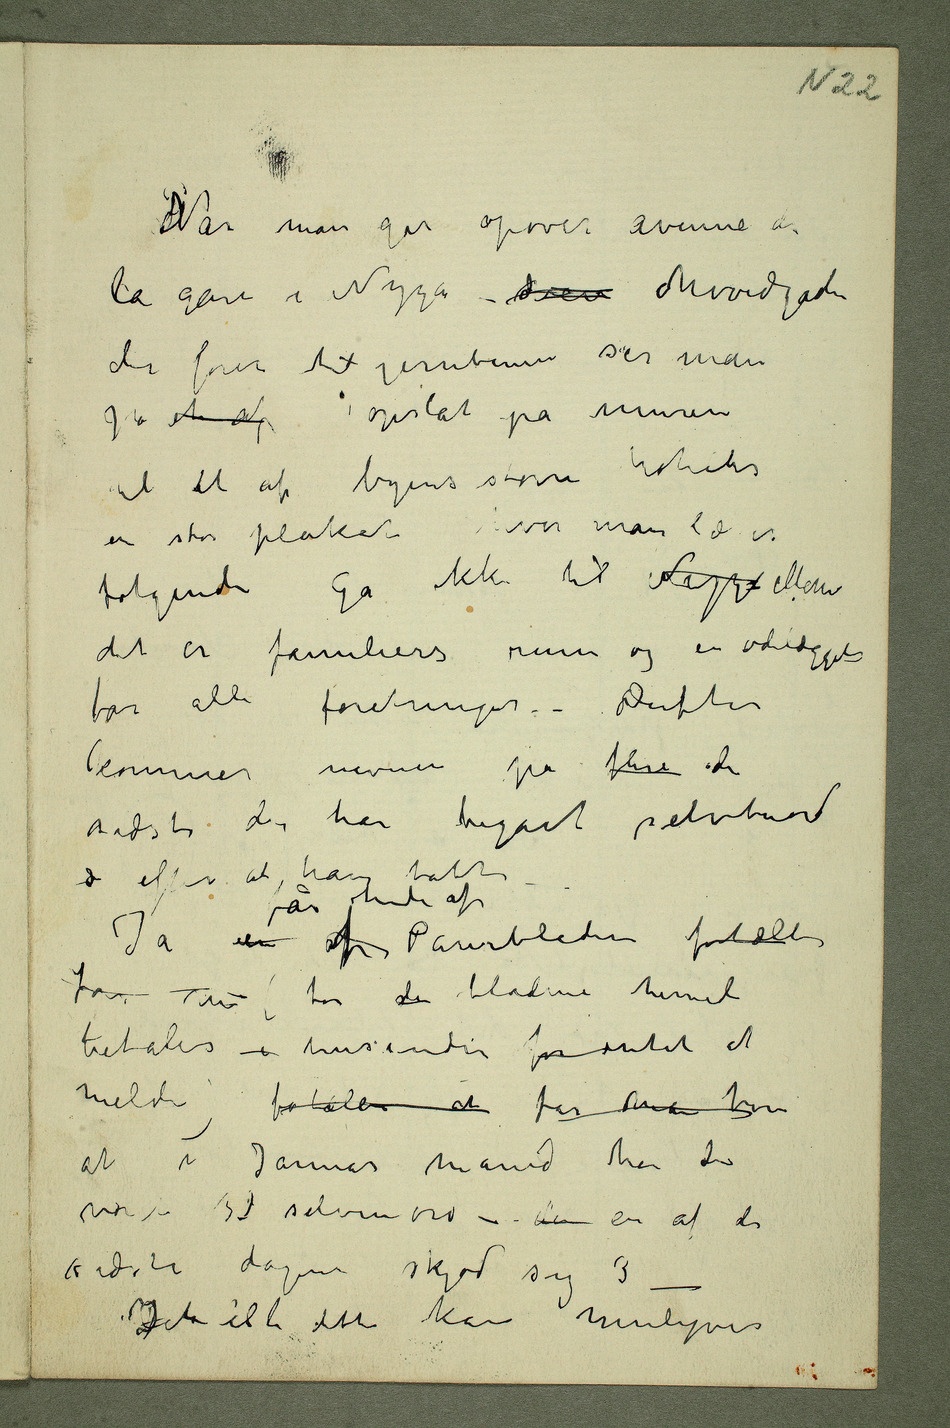
PNår man går opover avenue de
la gare i Nizza –  hovedgaden
der fører til jernbanen ser man
på et af opslåt på muren
til et af byens større hoteler
følgendeGå ikke til Nizza Monaco
det er familiers ruin og en ødeleggelse
for alle foretninger – Derefter
kommer navner på flere de
for  (for de bladene hernede
betales i tusender for intet at
at i Januar måned har der
været 30 selvmord – der en af de
Det Alt dette kan muligvis